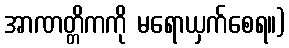
အာဏတ္တိကကို မရောယှက်စေရ။)